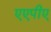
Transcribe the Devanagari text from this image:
एएपीए